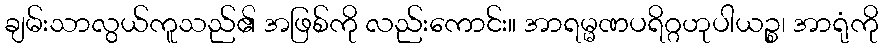
ချမ်းသာလွယ်ကူသည်၏ အဖြစ်ကို လည်းကောင်း။ အာရမ္မဏပရိဂ္ဂဟုပါယဉ္စ၊ အာရုံကို